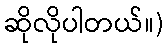
ဆိုလိုပါတယ်။)